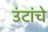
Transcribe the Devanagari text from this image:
उंटांचे